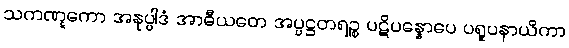
သကဏ္ဋကော အနုပ္ပါဒံ အာဓီယတေ အပ္ပဋ္ဌတရဉ္စ ပဋိပန္နောပေ ပရူပနာယိကာ